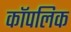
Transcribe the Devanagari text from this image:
कॉपलिक